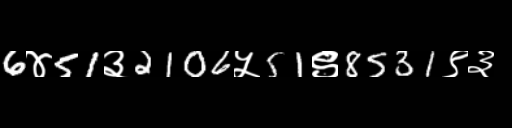
Text: 6४51३2106५51९8531९३